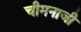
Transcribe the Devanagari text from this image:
चीमनाजी